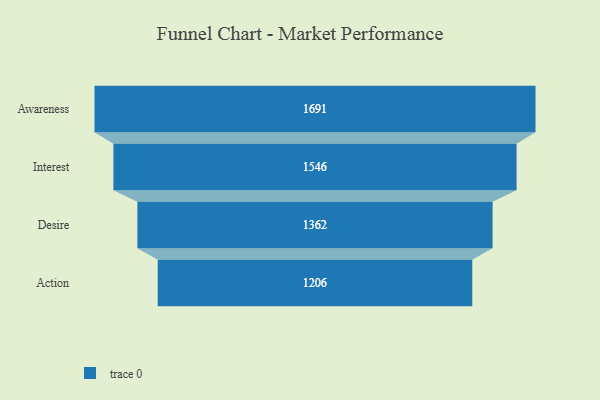
{"axis": {"x": "Stage", "y": "Value"}, "legend": [""], "data": [{"x": "Awareness", "y": 1691.0, "type": ""}, {"x": "Interest", "y": 1546.0, "type": ""}, {"x": "Desire", "y": 1362.0, "type": ""}, {"x": "Action", "y": 1206.0, "type": ""}]}